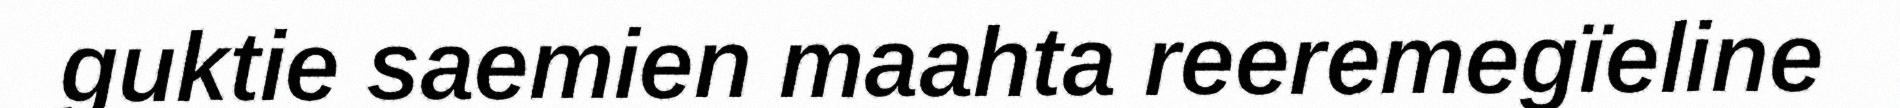
guktie saemien maahta reeremegïeline